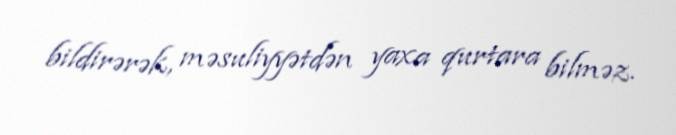
bildirərək, məsuliyyətdən yaxa qurtara bilməz.